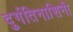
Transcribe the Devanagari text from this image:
दुर्गतिनाशिनी